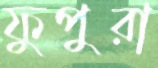
ফুপুরা